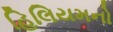
હિલિયમનો